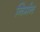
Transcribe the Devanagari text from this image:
निर्मन